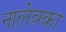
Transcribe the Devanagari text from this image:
नालेवका